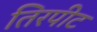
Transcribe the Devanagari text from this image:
तिरपीट